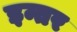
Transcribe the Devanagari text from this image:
इन्तर